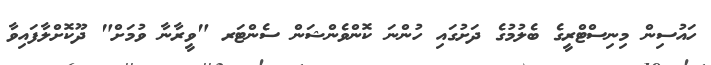
ހައުސިން މިނިސްޓްރީގެ ބެލުމުގެ ދަށުގައި ހުންނަ ކޮންވެންޝަން ސެންޓަރ "ވީރާނާ ވުމަށް" ދޫކޮށްލާފައިވާ